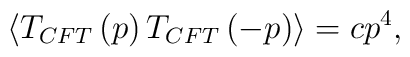
\langle T_{CFT}\left( p\right) T_{CFT}\left( -p\right)\rangle =cp^4 ,